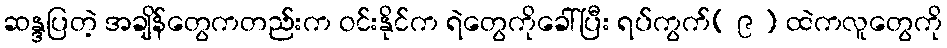
ဆန္ဒပြတဲ့ အချိန်တွေကတည်းက ဝင်းနိုင်က ရဲတွေကိုခေါ်ပြီး ရပ်ကွက်( ၉ ) ထဲကလူတွေကို